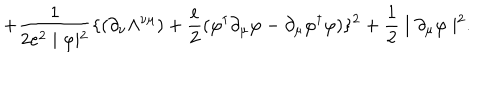
+ \frac { 1 } { 2 e ^ { 2 } \mid \varphi \mid ^ { 2 } } \{ ( \partial _ { \nu } \Lambda ^ { \nu \mu } ) + \frac { e } { 2 } ( \varphi ^ { \dagger } \partial _ { \mu } \varphi - \partial _ { \mu } \varphi ^ { \dagger } \varphi ) \} ^ { 2 } + \frac { 1 } { 2 } \mid \partial _ { \mu } \varphi \mid ^ { 2 } .